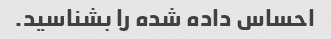
احساس داده شده را بشناسید.